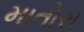
માતોરા